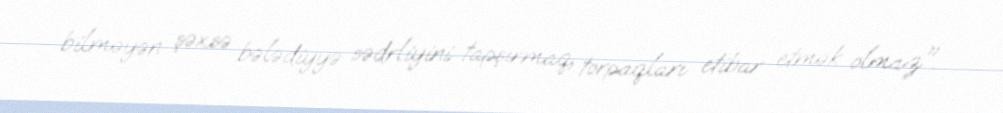
bilməyən şəxsə bələdiyyə sədrliyini tapşırmaq, torpaqları etibar etmək olmaz".